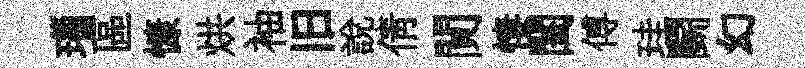
瑙區慷烘袖旧說倩閴悽閨傅珪鬬幻